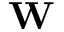
\mathbf { W }